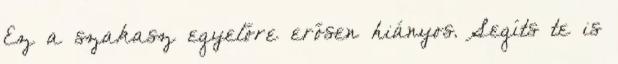
Ez a szakasz egyelőre erősen hiányos. Segíts te is